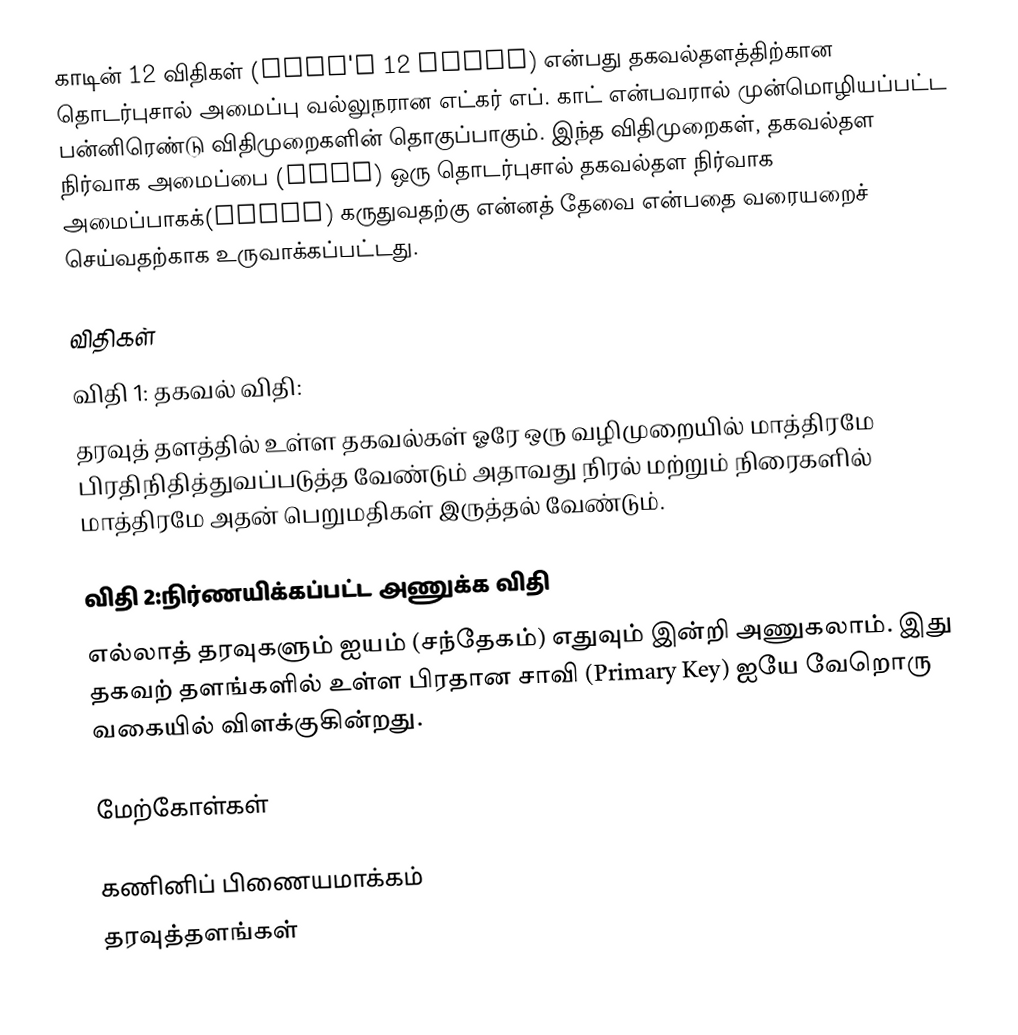
காடின் 12 விதிகள் (Codd's 12 rules) என்பது தகவல்தளத்திற்கான தொடர்புசால் அமைப்பு வல்லுநரான எட்கர் எப். காட் என்பவரால் முன்மொழியப்பட்ட பன்னிரெண்டு விதிமுறைகளின் தொகுப்பாகும். இந்த விதிமுறைகள், தகவல்தள நிர்வாக அமைப்பை (DBMS) ஒரு தொடர்புசால் தகவல்தள நிர்வாக அமைப்பாகக்(RDBMS) கருதுவதற்கு என்னத் தேவை என்பதை வரையறைச் செய்வதற்காக உருவாக்கப்பட்டது.

விதிகள்
விதி 1: தகவல் விதி:
தரவுத் தளத்தில் உள்ள தகவல்கள் ஓரே ஒரு வழிமுறையில் மாத்திரமே பிரதிநிதித்துவப்படுத்த வேண்டும் அதாவது நிரல் மற்றும் நிரைகளில் மாத்திரமே அதன் பெறுமதிகள் இருத்தல் வேண்டும்.

விதி 2:நிர்ணயிக்கப்பட்ட அணுக்க விதி
எல்லாத் தரவுகளும் ஐயம் (சந்தேகம்) எதுவும் இன்றி அணுகலாம். இது தகவற் தளங்களில் உள்ள பிரதான சாவி (Primary Key) ஐயே வேறொரு வகையில் விளக்குகின்றது.

மேற்கோள்கள்

கணினிப் பிணையமாக்கம்
தரவுத்தளங்கள்